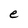
Character: e